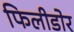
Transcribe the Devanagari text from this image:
फिलीडोर